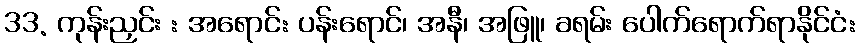
33. ကုန်းညှင်း : အရောင်: ပန်းရောင်၊ အနီ၊ အဖြူ၊ ခရမ်း ပေါက်ရောက်ရာနိုင်ငံ: